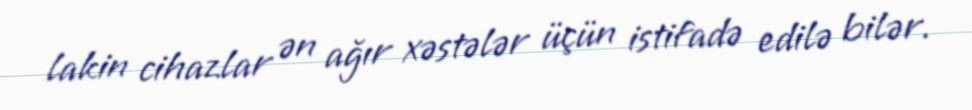
lakin cihazlar ən ağır xəstələr üçün istifadə edilə bilər.